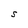
Character: S